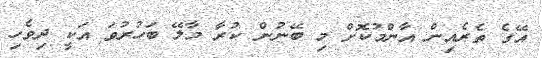
އޭގެ ތެރެއިން އާންމުކޮށް މި ބޭނުން ކުރާ މާލޭ ބަހުރުވަ އަކީ ދިވެހި